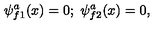
\psi _ { f 1 } ^ { a } ( x ) = 0 ; \ \psi _ { f 2 } ^ { a } ( x ) = 0 ,